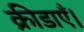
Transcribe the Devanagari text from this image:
क्रीडाएँ।